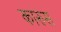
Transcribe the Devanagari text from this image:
कारुस